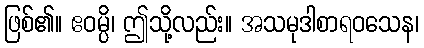
ဖြစ်၏။ ဧဝမ္ပိ၊ ဤသို့လည်း။ အသမုဒါစာရဝသေန၊